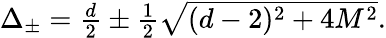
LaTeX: \textstyle\Delta_{\pm}=\frac d2\pm\frac 12\sqrt{(d-2)^{2}+4M^{2}}.